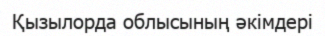
Қызылорда облысының әкімдері